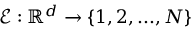
\mathcal { E } : \mathbb { R } ^ { d } \rightarrow \{ 1 , 2 , . . . , N \}